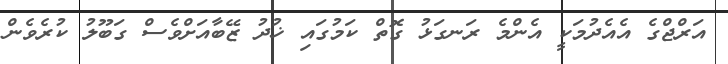
އަރްޖްގެ އެއެދުމަކީ އެންމެ ރަނގަޅު ގޮތް ކަމުގައި ޚުދު ޒޭބާއަށްވެސް ގަބޫލު ކުރެވެން